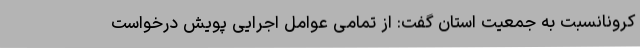
کرونانسبت به جمعیت استان گفت: از تمامی عوامل اجرایی پویش درخواست